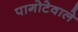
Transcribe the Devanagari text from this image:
पागोटेवाले